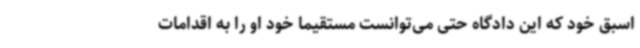
اسبق خود که این دادگاه حتی می‌توانست مستقیماً خود او را به اقدامات